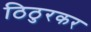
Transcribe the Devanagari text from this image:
ठिठुरकर